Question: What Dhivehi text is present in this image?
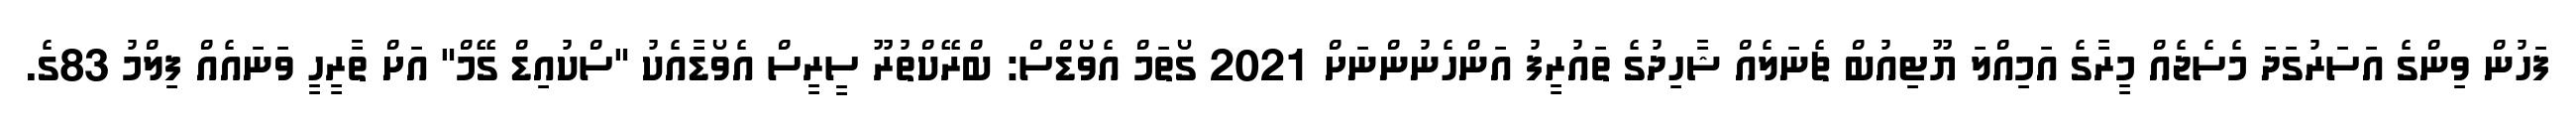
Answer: ފަހުން ވިންގެ އަސަރުގަދަ މެސެޖެއް މީރާގެ އަމިއްލަ ޔޫޓިއުބް ޗެނަލެއް ޝާހިދުގެ ތައުރީފު އަންހެނުންނަށް 2021 ގޯތަމް އެވޯޑްސް: ބްރޭކްތުރޫ ސީރީސް އެވޯޑާއެކު "ސްކުއިޑް ގޭމް" އަށް ތާރީހީ ވަނައެއް ފިލްމު 83ގެ.